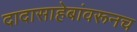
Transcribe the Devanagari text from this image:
दादासाहेबांवरूनच